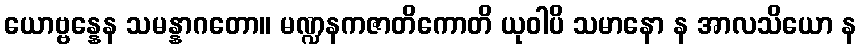
ယောဗ္ဗန္နေန သမန္နာဂတော။ မဏ္ဍနကဇာတိကောတိ ယုဝါပိ သမာနော န အာလသိယော န